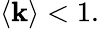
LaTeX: \langle\mathbf{k}\rangle<1.